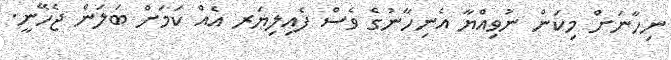
ނިހާނަށް މިކަން ނުވިއްޔާ އެނިހާނުގެ ވެސް ފެއިލިޔަރ އެއް ކަމަށް ބަލަން ޖެހޭނީ.